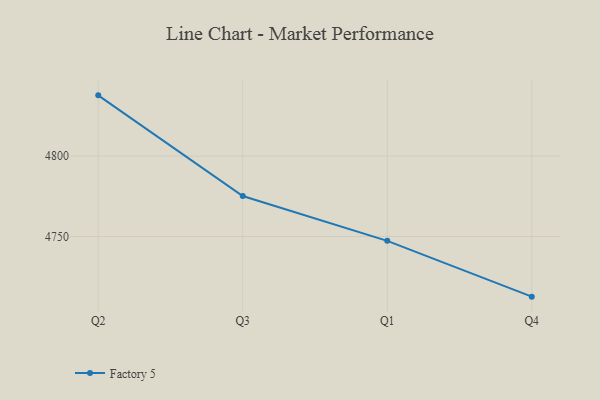
{"axis": {"x": "Quarter", "y": "LTV (USD)"}, "legend": ["Factory 5"], "data": [{"x": "Q2", "y": 4837.8, "type": "Factory 5"}, {"x": "Q3", "y": 4775.2, "type": "Factory 5"}, {"x": "Q1", "y": 4747.3, "type": "Factory 5"}, {"x": "Q4", "y": 4712.6, "type": "Factory 5"}]}